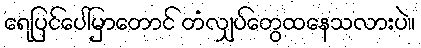
ရေပြင်ပေါ်မှာတောင် တံလျှပ်တွေထနေသလားပဲ။